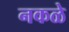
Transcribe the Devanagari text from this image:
नकळे